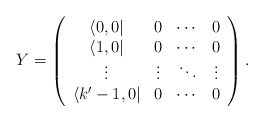
\begin{align*}Y=\left(\begin{array}{cccc} \langle 0,0| & 0 & \cdots & 0 \\\langle 1,0| & 0 & \cdots & 0 \\ \vdots & \vdots & \ddots & \vdots\\ \langle k'-1,0| & 0 & \cdots & 0 \end{array}\right).\end{align*}